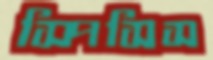
স্পিসিস